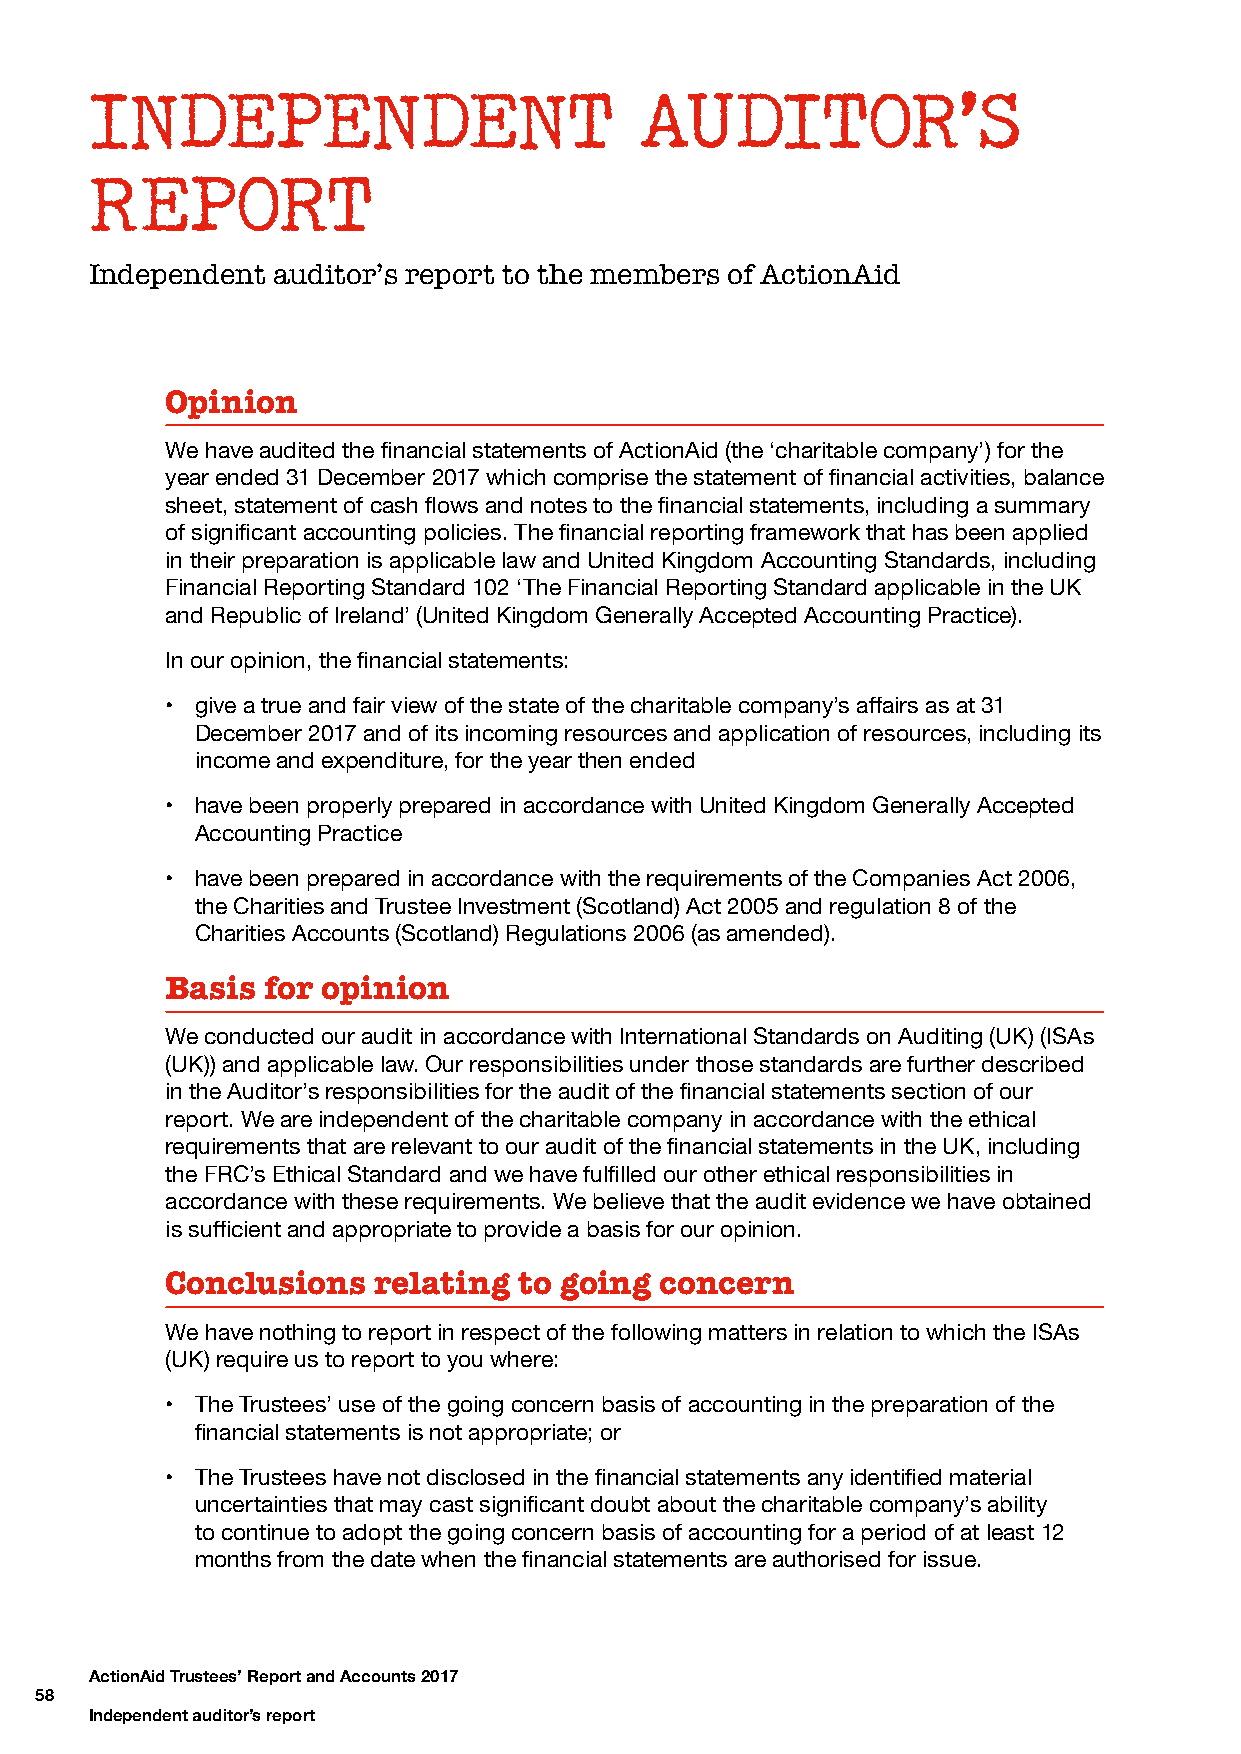
INDEPENDENT                         AUDITOR’S
 REPORT
 Independent auditor’s report to the members of ActionAid
 Opinion
 We have audited the financial statements of ActionAid (the ‘charitable company’) for the
 year ended 31 December 2017 which comprise the statement of financial activities, balance
 sheet, statement of cash flows and notes to the financial statements, including a summary
 of significant accounting policies. The financial reporting framework that has been applied
 in their preparation is applicable law and United Kingdom Accounting Standards, including
 Financial Reporting Standard 102 ‘The Financial Reporting Standard applicable in the UK
 and Republic of Ireland’ (United Kingdom Generally Accepted Accounting Practice).
 In our opinion, the financial statements:
 • give a true and fair view of the state of the charitable company’s affairs as at 31
 December 2017 and of its incoming resources and application of resources, including its
 income and expenditure, for the year then ended
 • have been properly prepared in accordance with United Kingdom Generally Accepted
 Accounting Practice
 • have been prepared in accordance with the requirements of the Companies Act 2006,
 the Charities and Trustee Investment (Scotland) Act 2005 and regulation 8 of the
 Charities Accounts (Scotland) Regulations 2006 (as amended).
 Basis  for opinion
 We conducted our audit in accordance with International Standards on Auditing (UK) (ISAs
 (UK)) and applicable law. Our responsibilities under those standards are further described
 in the Auditor’s responsibilities for the audit of the financial statements section of our
 report. We are independent of the charitable company in accordance with the ethical
 requirements that are relevant to our audit of the financial statements in the UK, including
 the FRC’s Ethical Standard and we have fulfilled our other ethical responsibilities in
 accordance with these requirements. We believe that the audit evidence we have obtained
 is sufficient and appropriate to provide a basis for our opinion.
 Conclusions   relating to going  concern
 We have nothing to report in respect of the following matters in relation to which the ISAs
 (UK) require us to report to you where:
 • The Trustees’ use of the going concern basis of accounting in the preparation of the
 financial statements is not appropriate; or
 • The Trustees have not disclosed in the financial statements any identified material
 uncertainties that may cast significant doubt about the charitable company’s ability
 to continue to adopt the going concern basis of accounting for a period of at least 12
 months from the date when the financial statements are authorised for issue.
 ActionAid Trustees’ Report and Accounts 2017
 58
 Independent auditor’s report